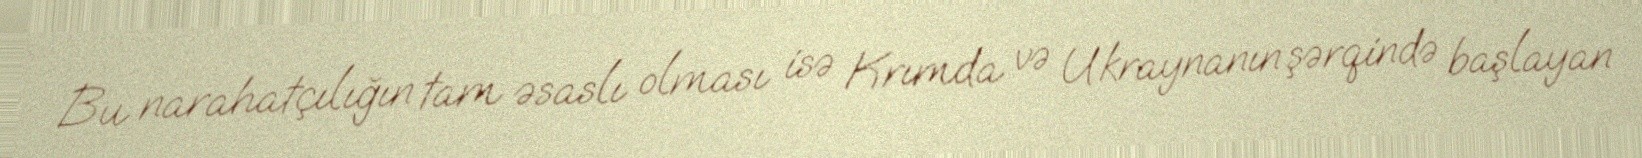
Bu narahatçılığın tam əsaslı olması isə Krımda və Ukraynanın şərqində başlayan